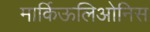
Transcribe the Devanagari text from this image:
मार्किऊलिओनिस